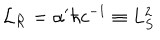
{ \cal L } _ { \cal R } = \alpha ^ { \prime } \hbar c ^ { - 1 } \equiv L _ { S } ^ { 2 }